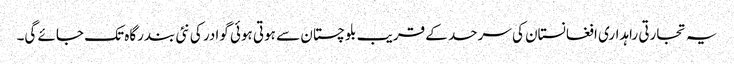
یہ تجارتی راہداری افغانستان کی سرحد کے قریب بلوچستان سے ہوتی ہوئی گوادر کی نئی بندرگاہ تک جائے گی۔